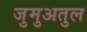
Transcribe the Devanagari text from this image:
जुमुअतुल